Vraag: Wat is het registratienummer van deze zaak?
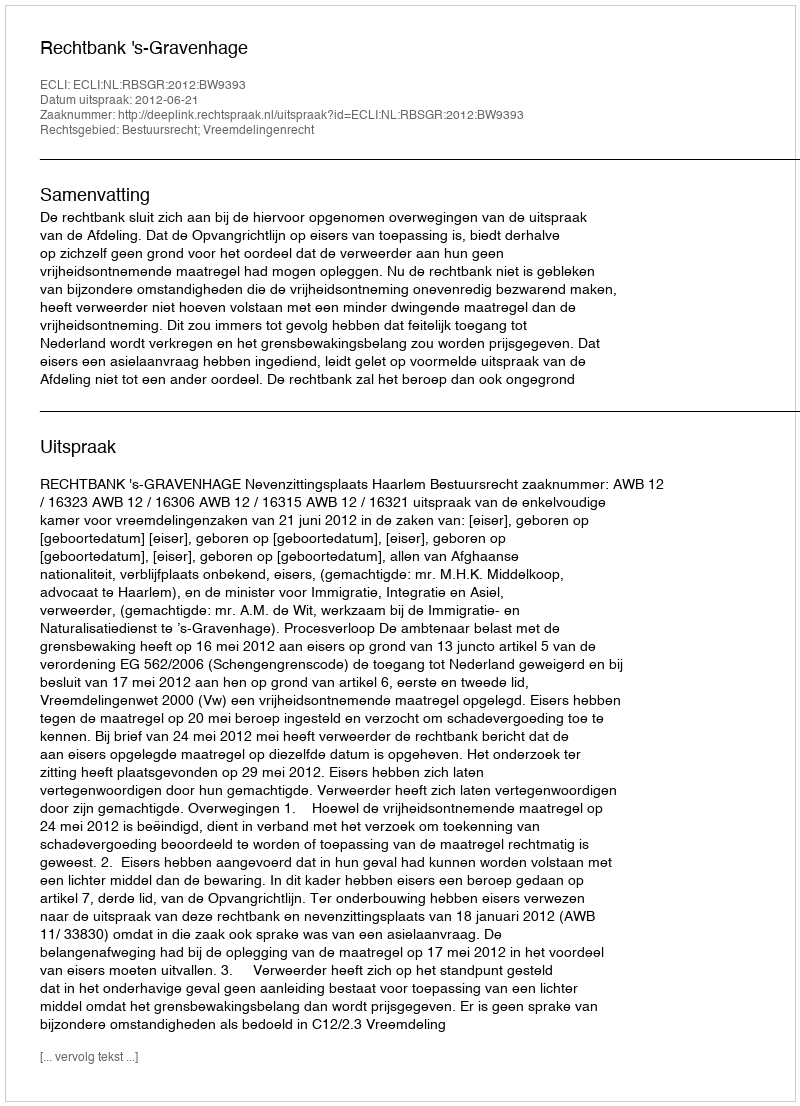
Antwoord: http://deeplink.rechtspraak.nl/uitspraak?id=ECLI:NL:RBSGR:2012:BW9393